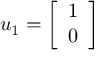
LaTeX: u _ { 1 } = { \left[ \begin{array} { l } { 1 } \\ { 0 } \end{array} \right] }